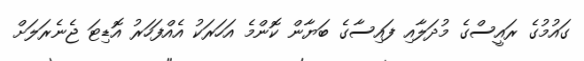
ގައުމުގެ ރައީސްގެ މުދަލާއި ފައިސާގެ ބަޔާން ކޮންމެ އަހަރަކު އެއްފަހަރު އޮޑިޓަ ޖެނެރަލަށް